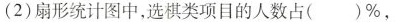
(2)扇形统计图中，选棋类项目的人数占()%，